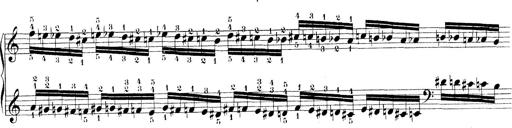
Title: Technische Studien
Composer: Franz Liszt